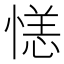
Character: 𪬝